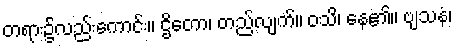
တရား၌လည်းကောင်း။ ဌိတော၊ တည်လျက်။ ဝသိ၊ နေ၏။ ဗျသနံ၊